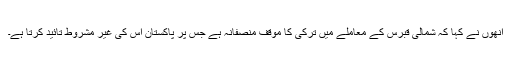
انھوں نے کہا کہ شمالی قبرس کے معاملے میں ترکی کا موقف منصفانہ ہے جس پر پاکستان اس کی غیر مشروط تائید کرتا ہے۔